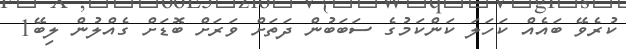
ކުރެވޭ ބައެއް ކަހަަލަ ކަންކަމުގެ ސަބަބުން ދަތަށް ވަރަށް ބޮޑަށް ގެއްލުން ލިބޭ1